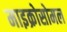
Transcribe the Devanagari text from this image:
माइक्रोसोमल